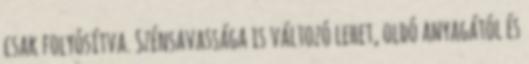
csak folyósítva. Szénsavassága is változó lehet, oldó anyagától és